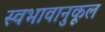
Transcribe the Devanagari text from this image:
स्वभावानुकूल